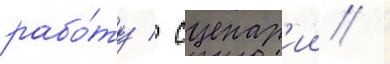
рабо́ту / сценар'ии /